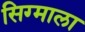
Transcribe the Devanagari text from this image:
सिग्माला